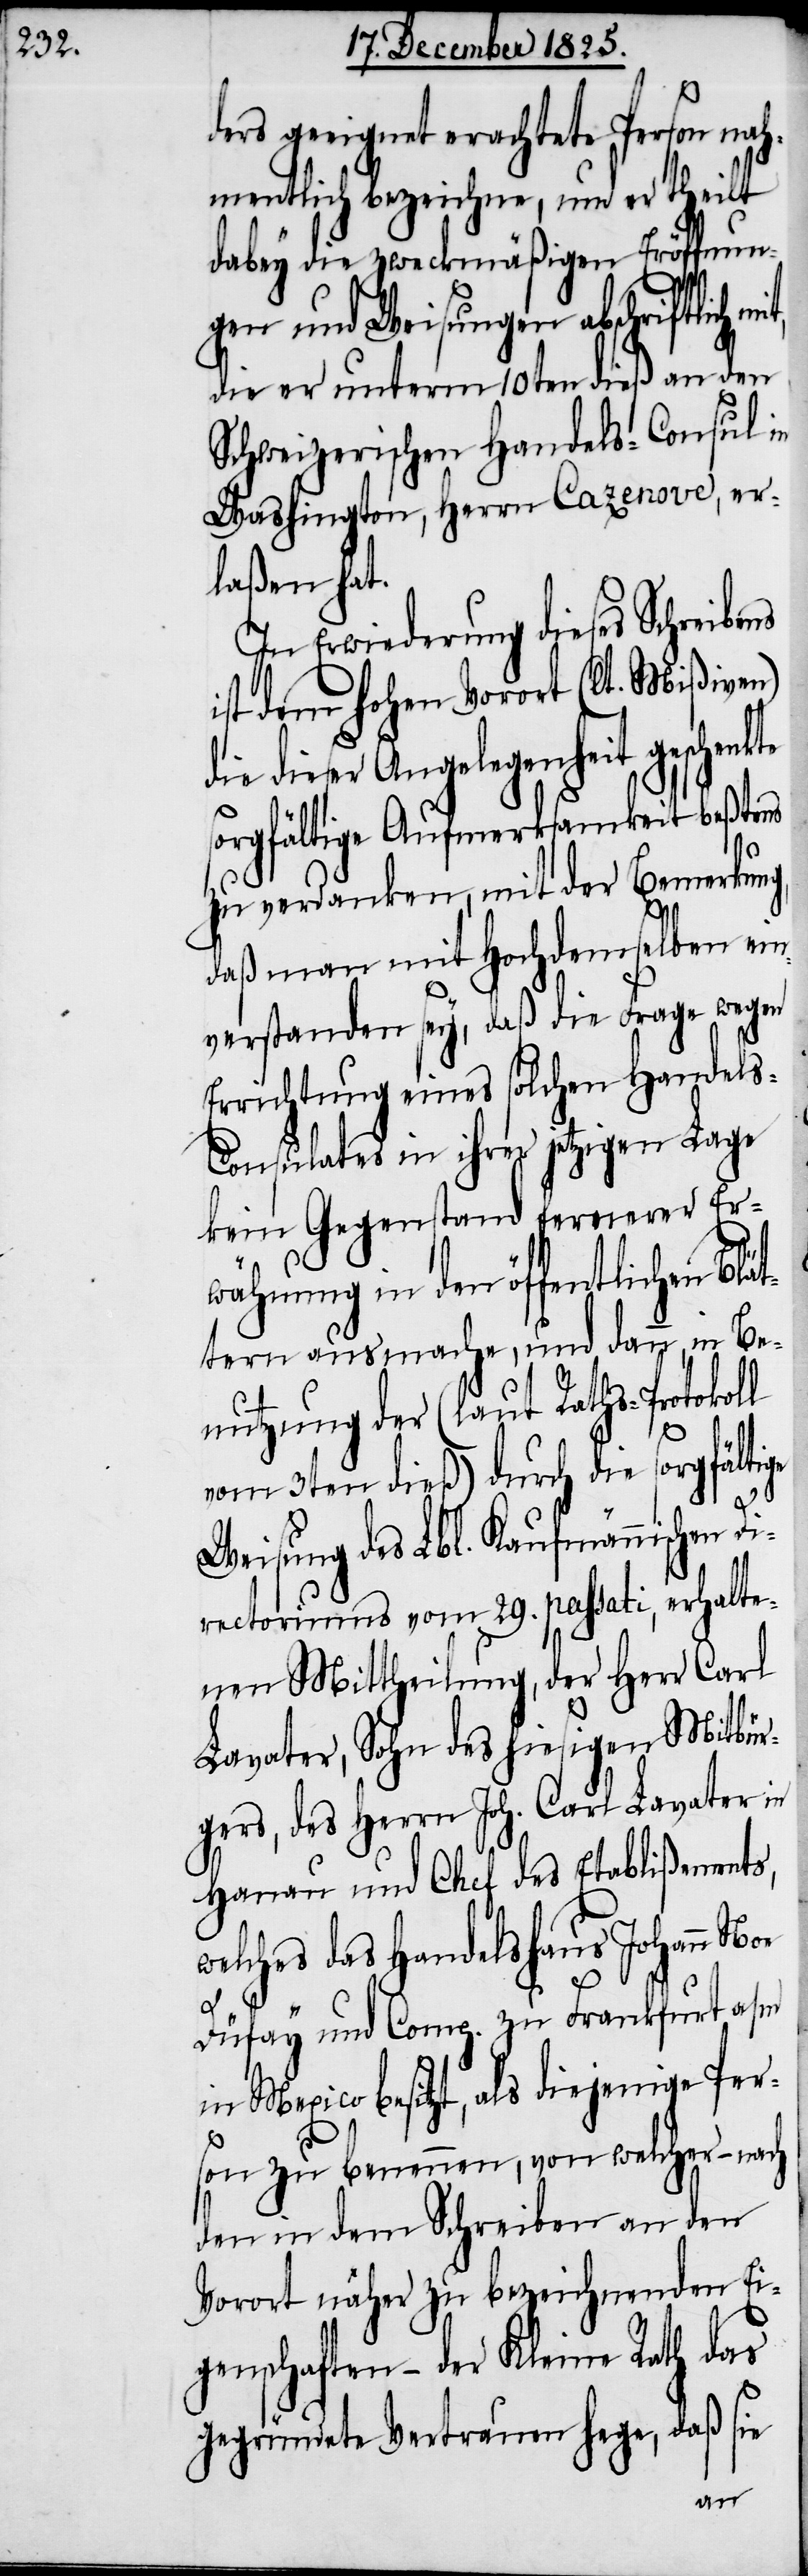
ders geeignet erachtete Person nah¬
mentlich bezeichne, und er theilt
dabey die zweckmäßigen Eröffnun¬
gen und Weisungen abschriftlich
die er unterm 10ten dieß an den
Schweizerischen Handels-Consul in
Washington, Herrn Cazenove, er¬
laßen hat.
In Erwiederung dieses Schreibens
ist dem hohen Vorort (lt. Mißiven)
dieser Angelegenheit geschen¬
sorgfältige Aufmerksamkeit beßtens
zu verdanken, mit der Bemerkun¬
daß man mit Hochdemselben ein¬
verstanden sey, daß die Frage wegen
Errichtung eines solchen Handel¬
s-Consulates in ihrer jetztigen Lage
kein Gegenstand fernerer Er¬
wähnung in den öffentlichen Blä¬
in Be¬
ttern ausmache, und
nutzung der (laut Raths-Protoko¬
vom 3ten dieß) durch die sorgfältige
Weisung des Lbl. Kaufmännischen
rectoriums vom 29. passati, erhalte¬
nen Mittheilung, der Herr Carl
Lavater, Sohn des hiesigen Mitbür¬
gers, des Herrn Joh. Carl Lavater in
Hanau und Chef des Etablißements,
welches das Handelshaus Johann Noe
ll
Düfay und Comp. zu Frankfurt a/m
in Mexico besitzt, als diejenige Pers¬
on zu benennen, von welcher – nach
den in dem Schreiben an den
Vorort näher zu bezeichnenden Ei¬
genschaften – der Kleine Rath das
gegründete Vertrauen hege, daß sie
Di¬